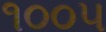
૧૦૦૫